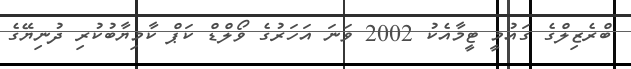
ބްރެޒިލްގެ ގައުމީ ޓީމާއެކު 2002 ވަނަ އަހަރުގެ ވޯލްޑް ކަޕް ކާމިޔާބުކުރި ދުނިޔޭގެ